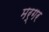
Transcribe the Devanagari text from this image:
मर्गर